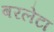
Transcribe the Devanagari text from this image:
बरलेटा